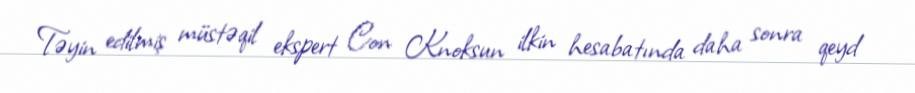
Təyin edilmiş müstəqil ekspert Con Knoksun ilkin hesabatında daha sonra qeyd